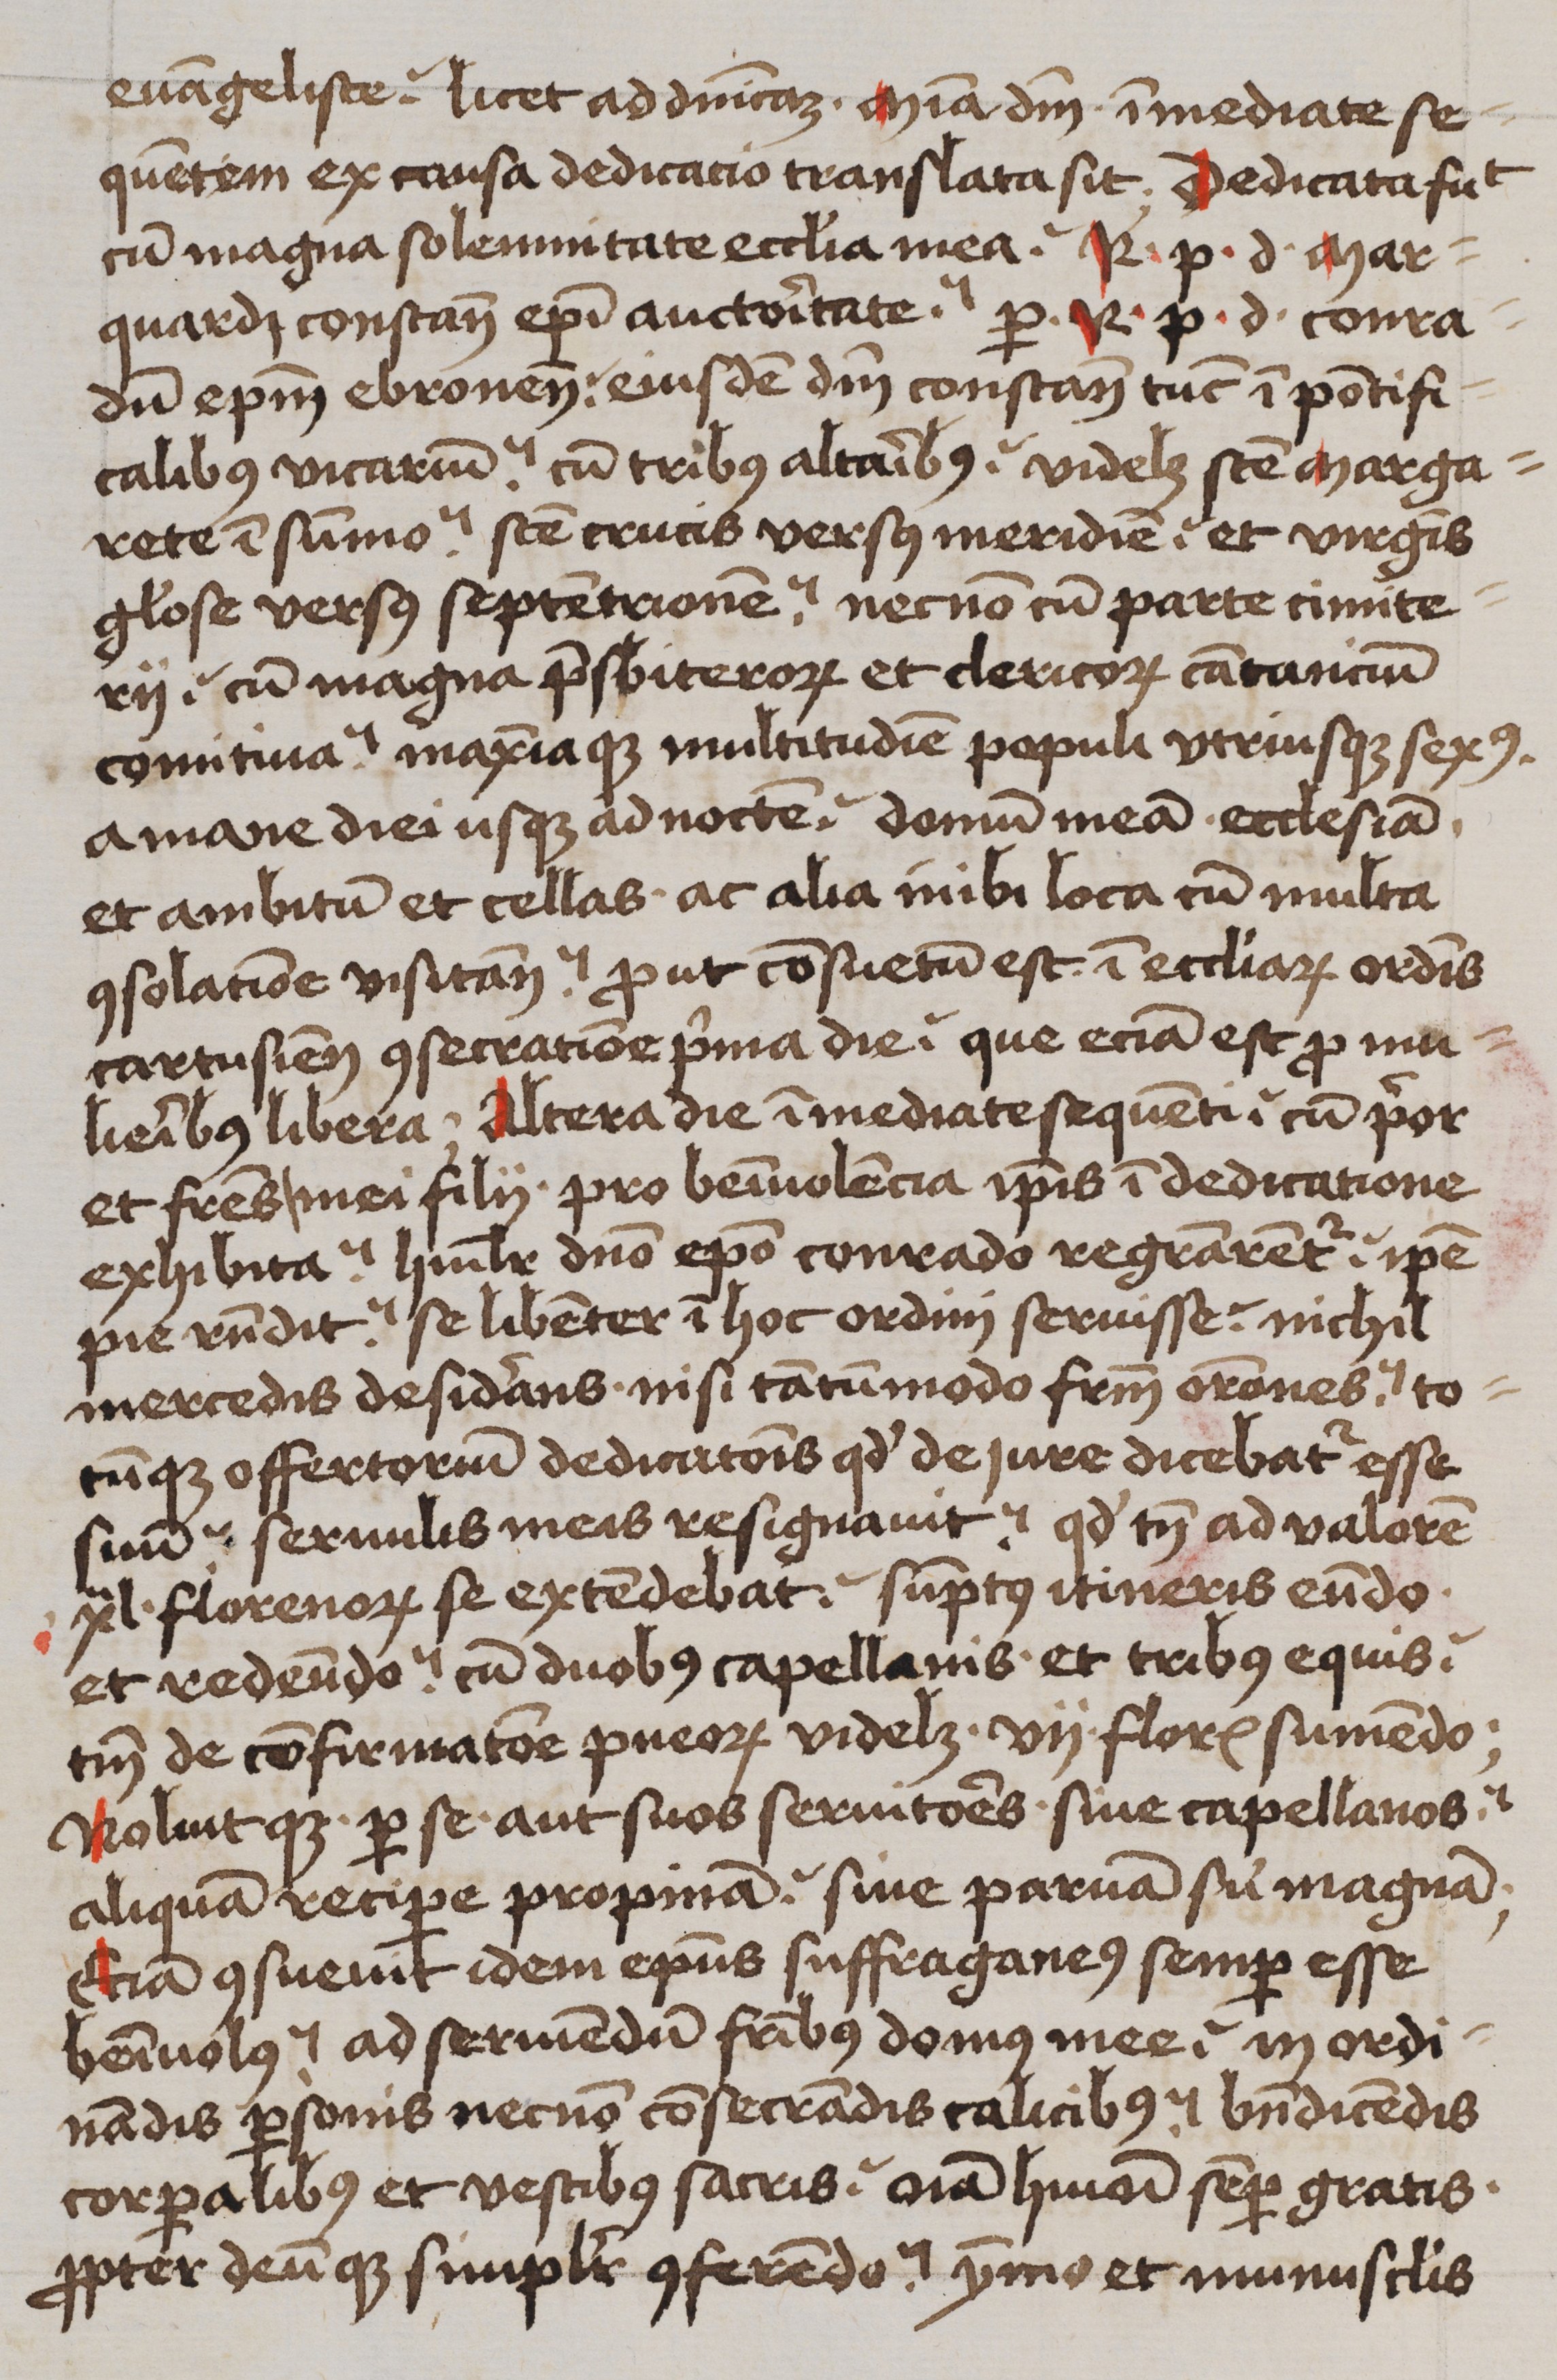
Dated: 1480–1526